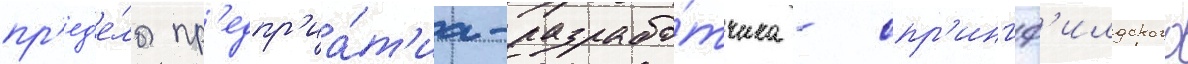
пр'ед'е́лы пр'едпр'иа́т'иа-разрабо́тчика - спр'ингф'илдского